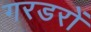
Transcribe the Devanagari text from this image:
गरडरों